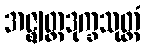
အဇ္ဈတ္တဒုက္ခသုတ္တံ